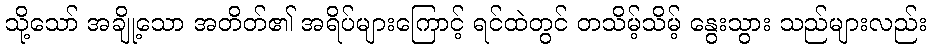
သို့သော် အချို့သော အတိတ်၏ အရိပ်များကြောင့် ရင်ထဲတွင် တသိမ့်သိမ့် နွေးသွား သည်များလည်း